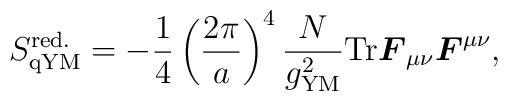
S_{\mathrm{qYM}}^{\mathrm{red.}}=-{1\over 4}\left( {2\pi\over a}\right)^4{N\over g^2_{\mathrm{YM}}}  \mathrm{Tr}{\mbox{\boldmath{$F$}}}_{\mu\nu}{\mbox{\boldmath{$F$}}}^{\mu\nu},